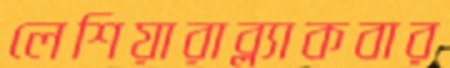
লেশিয়ারাব্ল্যাকবার